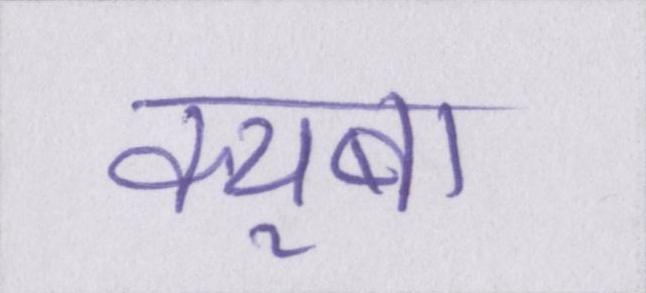
क्यूबा